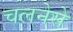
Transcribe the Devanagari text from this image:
चलनेसे